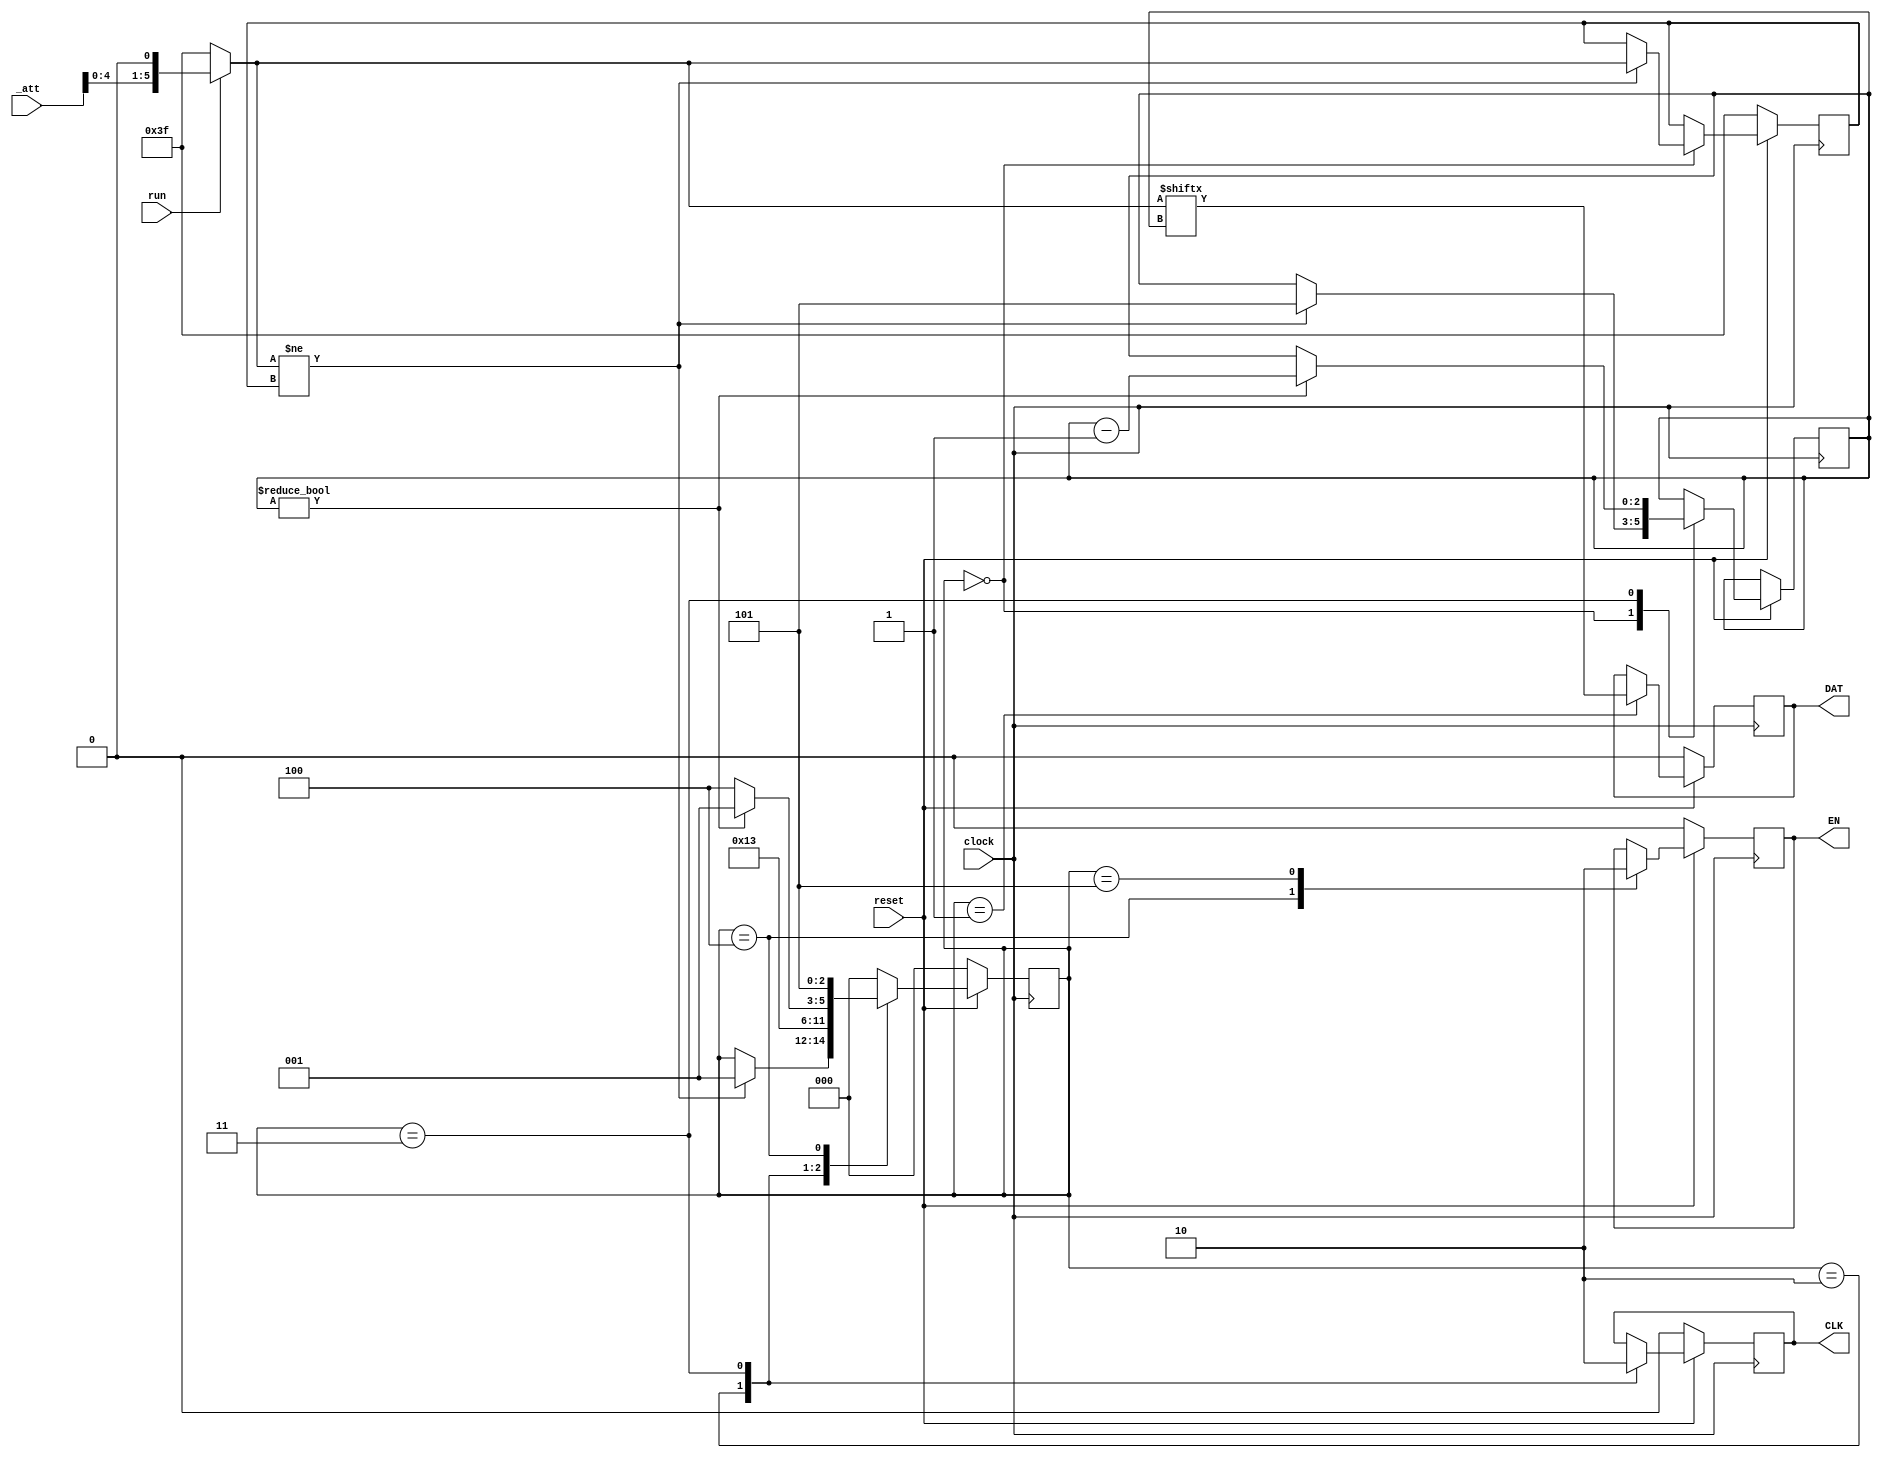
//
// David Fainitski for SDR Micron project
//

module attenuator (
   input clock,
	input reset,
	input run,
	input [7:0] _att,
	
	output reg CLK,
	output reg DAT,
	output reg EN
);
		
wire [5:0] att = run ? {_att[4:0], 1'b0} : 6'd63;	
	
	
reg [2:0] state;
reg [5:0] att_old;
reg [2:0] bit_cnt;


always @(posedge clock)
begin
   if(!reset)
	begin
	   CLK <= 0;
		DAT <= 0;
	   EN <= 0;
		state <= 0;
		att_old <= 6'd63;
	end
   else
	case(state)
	0: if(att != att_old)
	   begin
		   att_old <= att;
			bit_cnt <= 3'd5;
		   state <= 1;
		end
	1: begin
	      DAT <= att[bit_cnt]; 
		   state <= 2;
		end
	2: begin
	      CLK <= 1;
			state <= 3;
	   end
	3: begin
	      CLK <= 0;
			if(bit_cnt!=0)
			begin
			   bit_cnt <= bit_cnt - 1'd1;
				state <= 1;
			end
			else state <= 4;
	   end
	 4: begin
	       EN <= 1;
			 state <= 5;
	    end
	 5: begin
	       EN <= 0;
			 state <= 0;
	    end
	default: state <= 0;
	endcase
end


endmodule